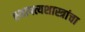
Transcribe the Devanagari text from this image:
स्थापत्यशास्त्रांचा